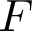
F